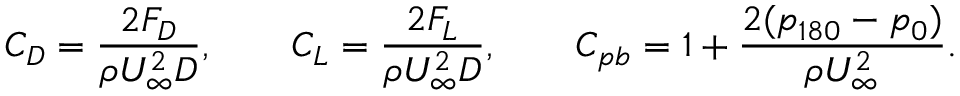
C _ { D } = \frac { 2 F _ { D } } { \rho U _ { \infty } ^ { 2 } D } , \qquad C _ { L } = \frac { 2 F _ { L } } { \rho U _ { \infty } ^ { 2 } D } , \qquad C _ { p b } = 1 + \frac { 2 ( p _ { 1 8 0 } - p _ { 0 } ) } { \rho U _ { \infty } ^ { 2 } } .